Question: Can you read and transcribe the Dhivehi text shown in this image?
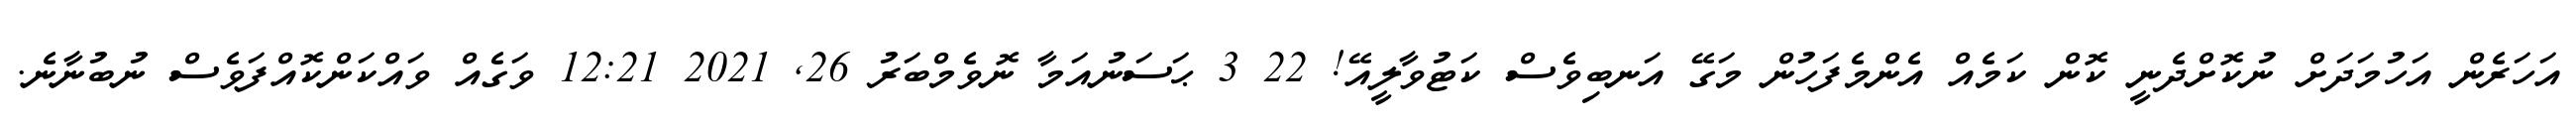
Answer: އަހަރެން އަހުމަދަށް ނުކޮށްދެނީ ކޮން ކަމެއް އެންމެފަހުން މަގޭ އަނބިވެސް ކަޓުވާލީއޭ! 22 3 ޙަސަނުއަމާ ނޮވެމްބަރު 26, 2021 12:21 ވަގެއް ވައްކަންކޮއްފަވެސް ނުބުނާނެ.